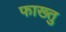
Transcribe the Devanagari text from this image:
फाख्तु